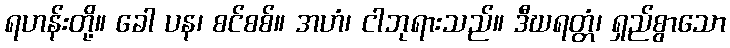
ရဟန်းတို့။ ခေါ ပန၊ စင်စစ်။ အဟံ၊ ငါဘုရားသည်။ ဒီဃရတ္တံ၊ ရှည်စွာသော